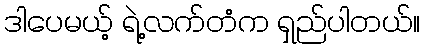
ဒါပေမယ့် ရဲ့လက်တံက ရှည်ပါတယ်။